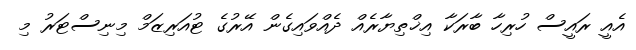
އެއީ ރައީސް ހުރިހާ ބާރަކާ އިޚްތިޔާރެއް ދެއްވައިގެން އޭރުގެ ޓުއަރިޒަމް މިނިސްޓަރު މި